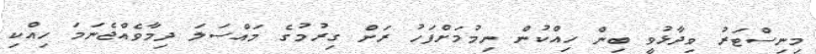
މިނިސްޓަރު ވިދާޅުވީ ބިން ހިއްކުން ނިމުމަށްފަހު ރަށް ގިރުމުގެ މައްސަލަ ދިމާވެއްޖެނަމަ ހިއްކި